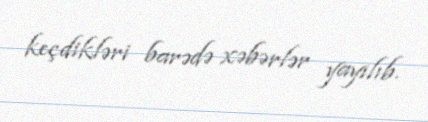
keçdikləri barədə xəbərlər yayılıb.